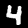
Label: 4